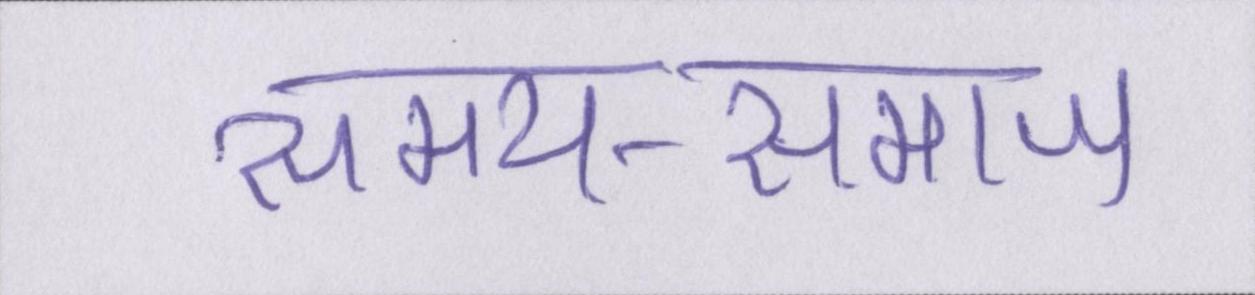
समय-समाज